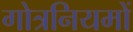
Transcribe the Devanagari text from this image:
गोत्रनियमों